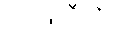
ဝိညူဟီတိ